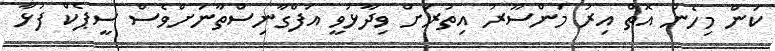
ކަން މިހެން އޮތް އިރު މަންސޫރު އިތުރަށް ވިދާޅުވީ އަފްގާނިސްތާނަށްވެސް ސީޕެކް ފުޅާ